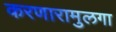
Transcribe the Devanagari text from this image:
करणारामुलगा